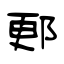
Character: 郠